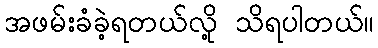
အဖမ်းခံခဲ့ရတယ်လို့ သိရပါတယ်။